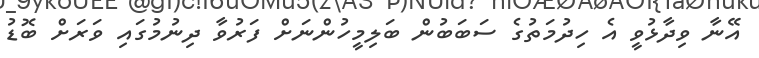
އޭނާ ވިދާޅުވީ އެ ހިދުމަތުގެ ސަބަބުން ބަލިމީހުންނަށް ފަރުވާ ދިނުމުގައި ވަރަށް ބޮޑު